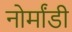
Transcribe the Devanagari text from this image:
नोर्मांडी